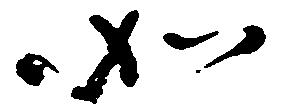
如